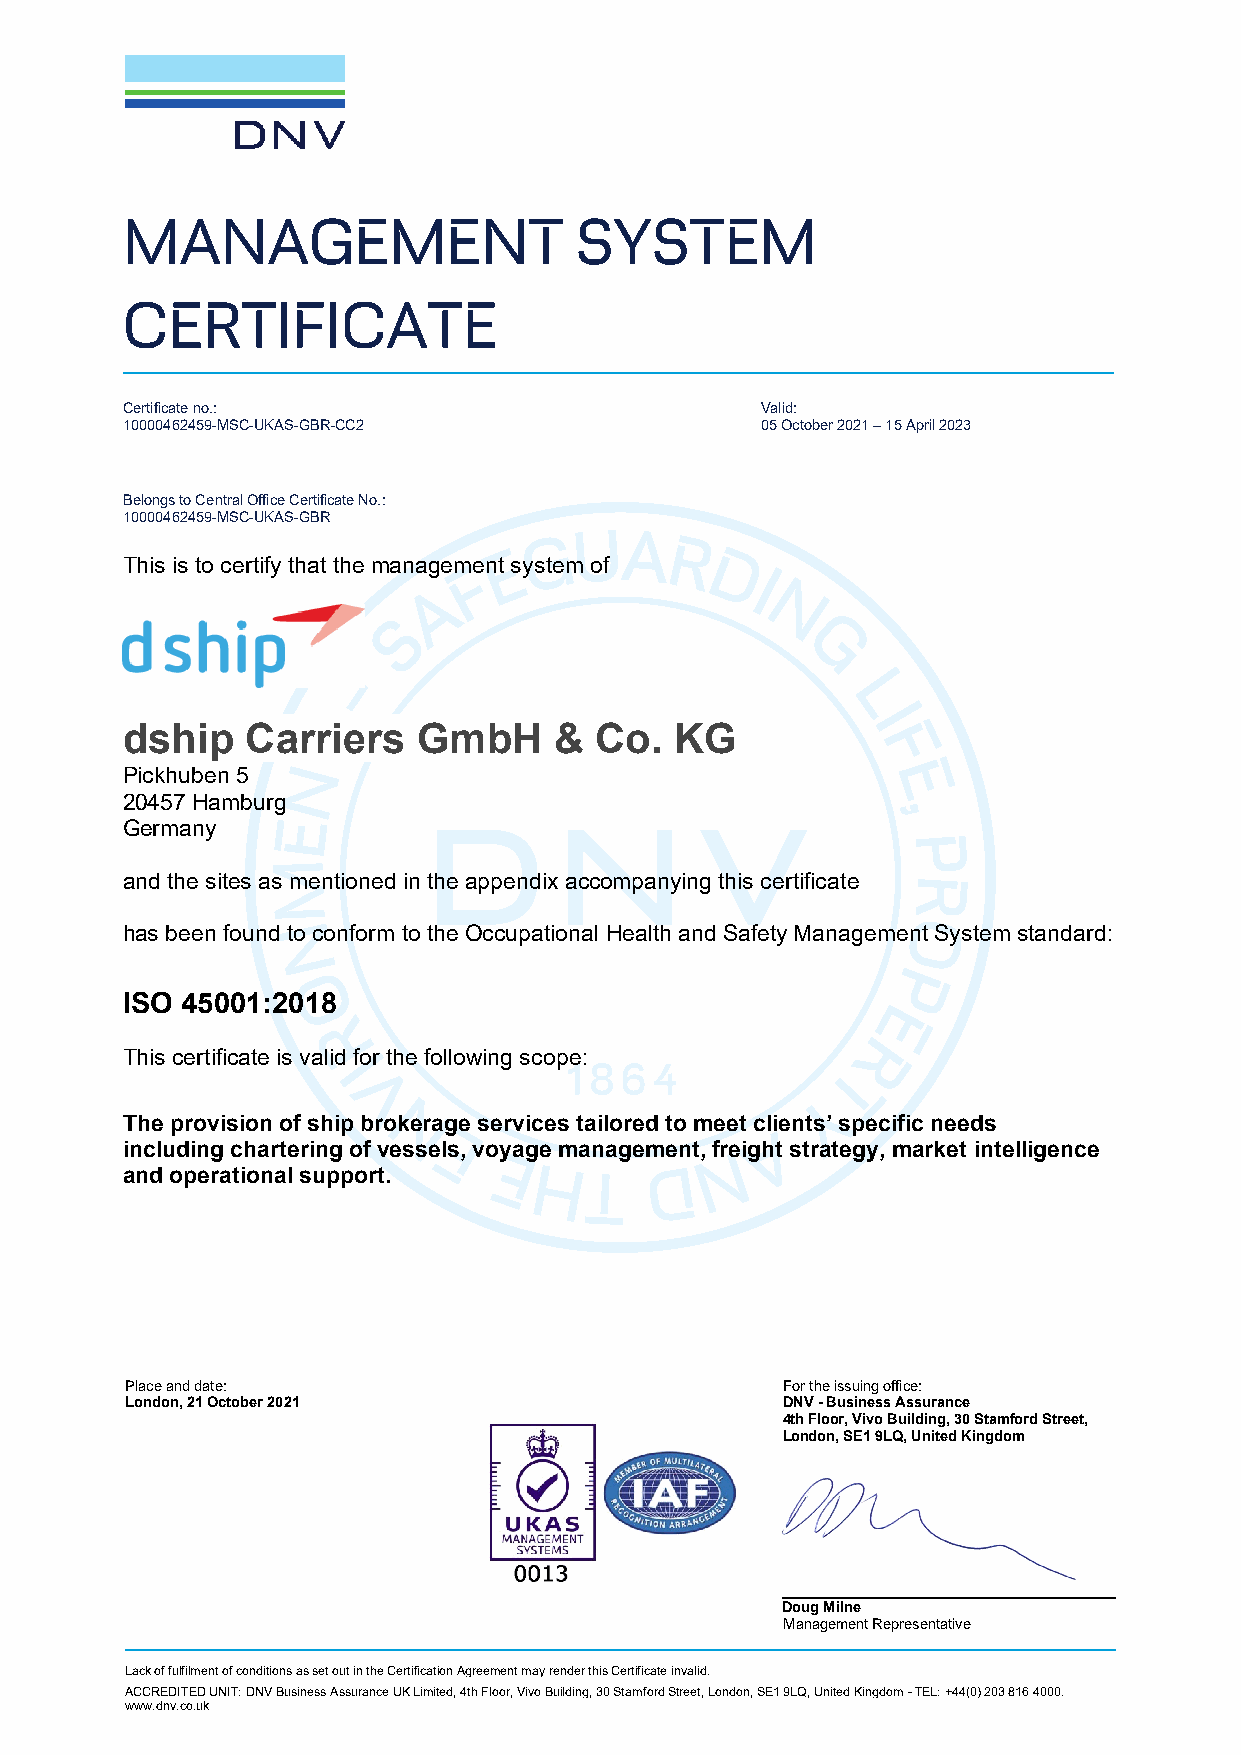
MANAGEMENT                    SYSTEM
 CERTIFICATE
 Certificate no.:                          Valid:
 10000462459-MSC-UKAS-GBR-CC2              05 October 2021 – 15 April 2023
 Belongs to Central Office Certificate No.:
 10000462459-MSC-UKAS-GBR
 This is to certify that the management system of
 dship   Carriers    GmbH     & Co.   KG
 Pickhuben 5
 20457 Hamburg
 Germany
 and the sites as mentioned in the appendix accompanying this certificate
 has been found to conform to the Occupational Health and Safety Management System standard:
 ISO 45001:2018
 This certificate is valid for the following scope:
 The provision of ship brokerage services tailored to meet clients’ specific needs
 including chartering of vessels, voyage management, freight strategy, market intelligence
 and operational support.
 Place and date:                             For the issuing office:
 London, 21 October 2021                     DNV - Business Assurance
 4th Floor, Vivo Building, 30 Stamford Street,
 London, SE1 9LQ, United Kingdom
 Doug Milne
 Management Representative
 Lack of fulfilment of conditions as set out in the Certification Agreement may render this Certificate invalid.
 ACCREDITED UNIT: DNV Business Assurance UK Limited, 4th Floor, Vivo Building, 30 Stamford Street, London, SE1 9LQ, United Kingdom - TEL: +44(0) 203 816 4000.
 www.dnv.co.uk